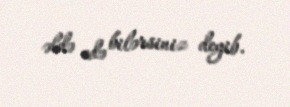
əldə edə bilərsiniz deyib.